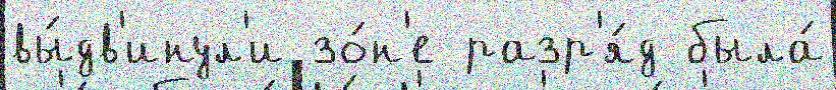
вы́дв'инул'и зо́н'е разр'я́д была́